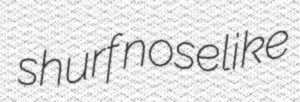
shurf noselike